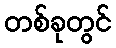
တစ်ခုတွင်